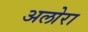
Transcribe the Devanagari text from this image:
अलोरा